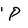
Character: P